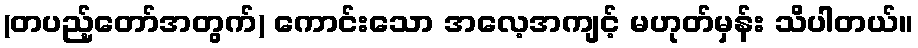
(တပည့်တော်အတွက်) ကောင်းသော အလေ့အကျင့် မဟုတ်မှန်း သိပါတယ်။